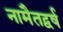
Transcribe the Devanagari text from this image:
नामैतद्वर्ष